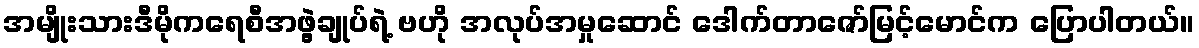
အမျိုးသားဒီမိုကရေစီအဖွဲ့ချုပ်ရဲ့ ဗဟို အလုပ်အမှုဆောင် ဒေါက်တာဇော်မြင့်မောင်က ပြောပါတယ်။